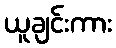
ယူချင်းကား